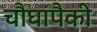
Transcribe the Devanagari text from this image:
चौघांपैकी